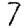
Digit: 7